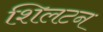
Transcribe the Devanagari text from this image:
शिलटन